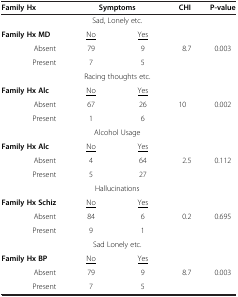
<table><thead><tr><td><b>Family Hx</b></td><td colspan="2"><b>Symptoms</b></td><td><b>CHI</b></td><td><b>P-value</b></td></tr></thead><tbody><tr><td> </td><td colspan="2">Sad, Lonely etc.</td><td> </td><td> </td></tr><tr><td><b>Family Hx MD</b></td><td><underline>No</underline></td><td><underline>Yes</underline></td><td> </td><td> </td></tr><tr><td>Absent</td><td>79</td><td>9</td><td>8.7</td><td>0.003</td></tr><tr><td>Present</td><td>7</td><td>5</td><td> </td><td> </td></tr><tr><td> </td><td colspan="2">Racing thoughts etc.</td><td> </td><td> </td></tr><tr><td><b>Family Hx Alc</b></td><td><underline>No</underline></td><td><underline>Yes</underline></td><td> </td><td> </td></tr><tr><td>Absent</td><td>67</td><td>26</td><td>10</td><td>0.002</td></tr><tr><td>Present</td><td>1</td><td>6</td><td> </td><td> </td></tr><tr><td> </td><td colspan="2">Alcohol Usage</td><td> </td><td> </td></tr><tr><td><b>Family Hx Alc</b></td><td><underline>No</underline></td><td><underline>Yes</underline></td><td> </td><td> </td></tr><tr><td>Absent</td><td>4</td><td>64</td><td>2.5</td><td>0.112</td></tr><tr><td>Present</td><td>5</td><td>27</td><td> </td><td> </td></tr><tr><td> </td><td colspan="2">Hallucinations</td><td> </td><td> </td></tr><tr><td><b>Family Hx Schiz</b></td><td><underline>No</underline></td><td><underline>Yes</underline></td><td> </td><td> </td></tr><tr><td>Absent</td><td>84</td><td>6</td><td>0.2</td><td>0.695</td></tr><tr><td>Present</td><td>9</td><td>1</td><td> </td><td> </td></tr><tr><td> </td><td colspan="2">Sad Lonely etc.</td><td> </td><td> </td></tr><tr><td><b>Family Hx BP</b></td><td><underline>No</underline></td><td><underline>Yes</underline></td><td> </td><td> </td></tr><tr><td>Absent</td><td>79</td><td>9</td><td>8.7</td><td>0.003</td></tr><tr><td>Present</td><td>7</td><td>5</td><td> </td><td> </td></tr></tbody></table>